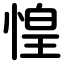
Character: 惶